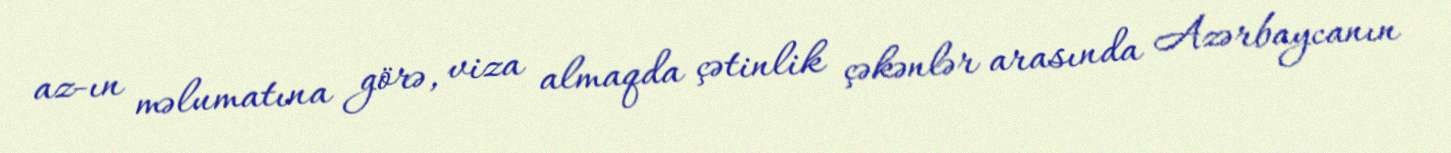
az-ın məlumatına görə, viza almaqda çətinlik çəkənlər arasında Azərbaycanın